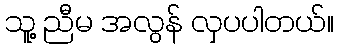
သူ့ ညီမ အလွန် လှပပါတယ်။